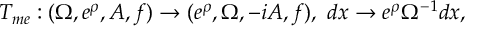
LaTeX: { \cal T } _ { m e } : ( \Omega , e ^ { \rho } , A , f ) \rightarrow ( e ^ { \rho } , \Omega , - i A , f ) , ~ d x \rightarrow e ^ { \rho } \Omega ^ { - 1 } d x ,